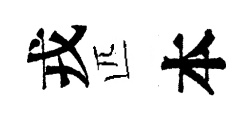
戎匹本